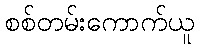
စစ်တမ်းကောက်ယူ